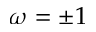
\omega = \pm 1